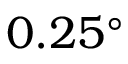
0 . 2 5 ^ { \circ }